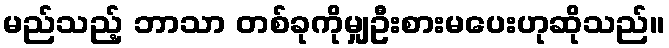
မည်သည့် ဘာသာ တစ်ခုကိုမျှဦးစားမပေးဟုဆိုသည်။